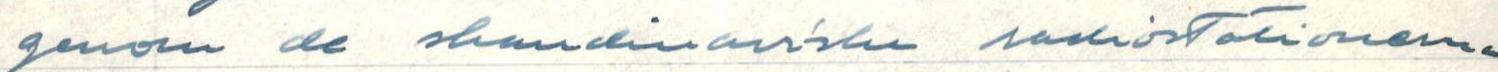
genom de skandinaviske radiostationerna